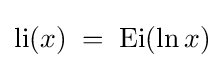
\mathrm {li} (x)\;=\;\mathrm {Ei} (\ln {x})